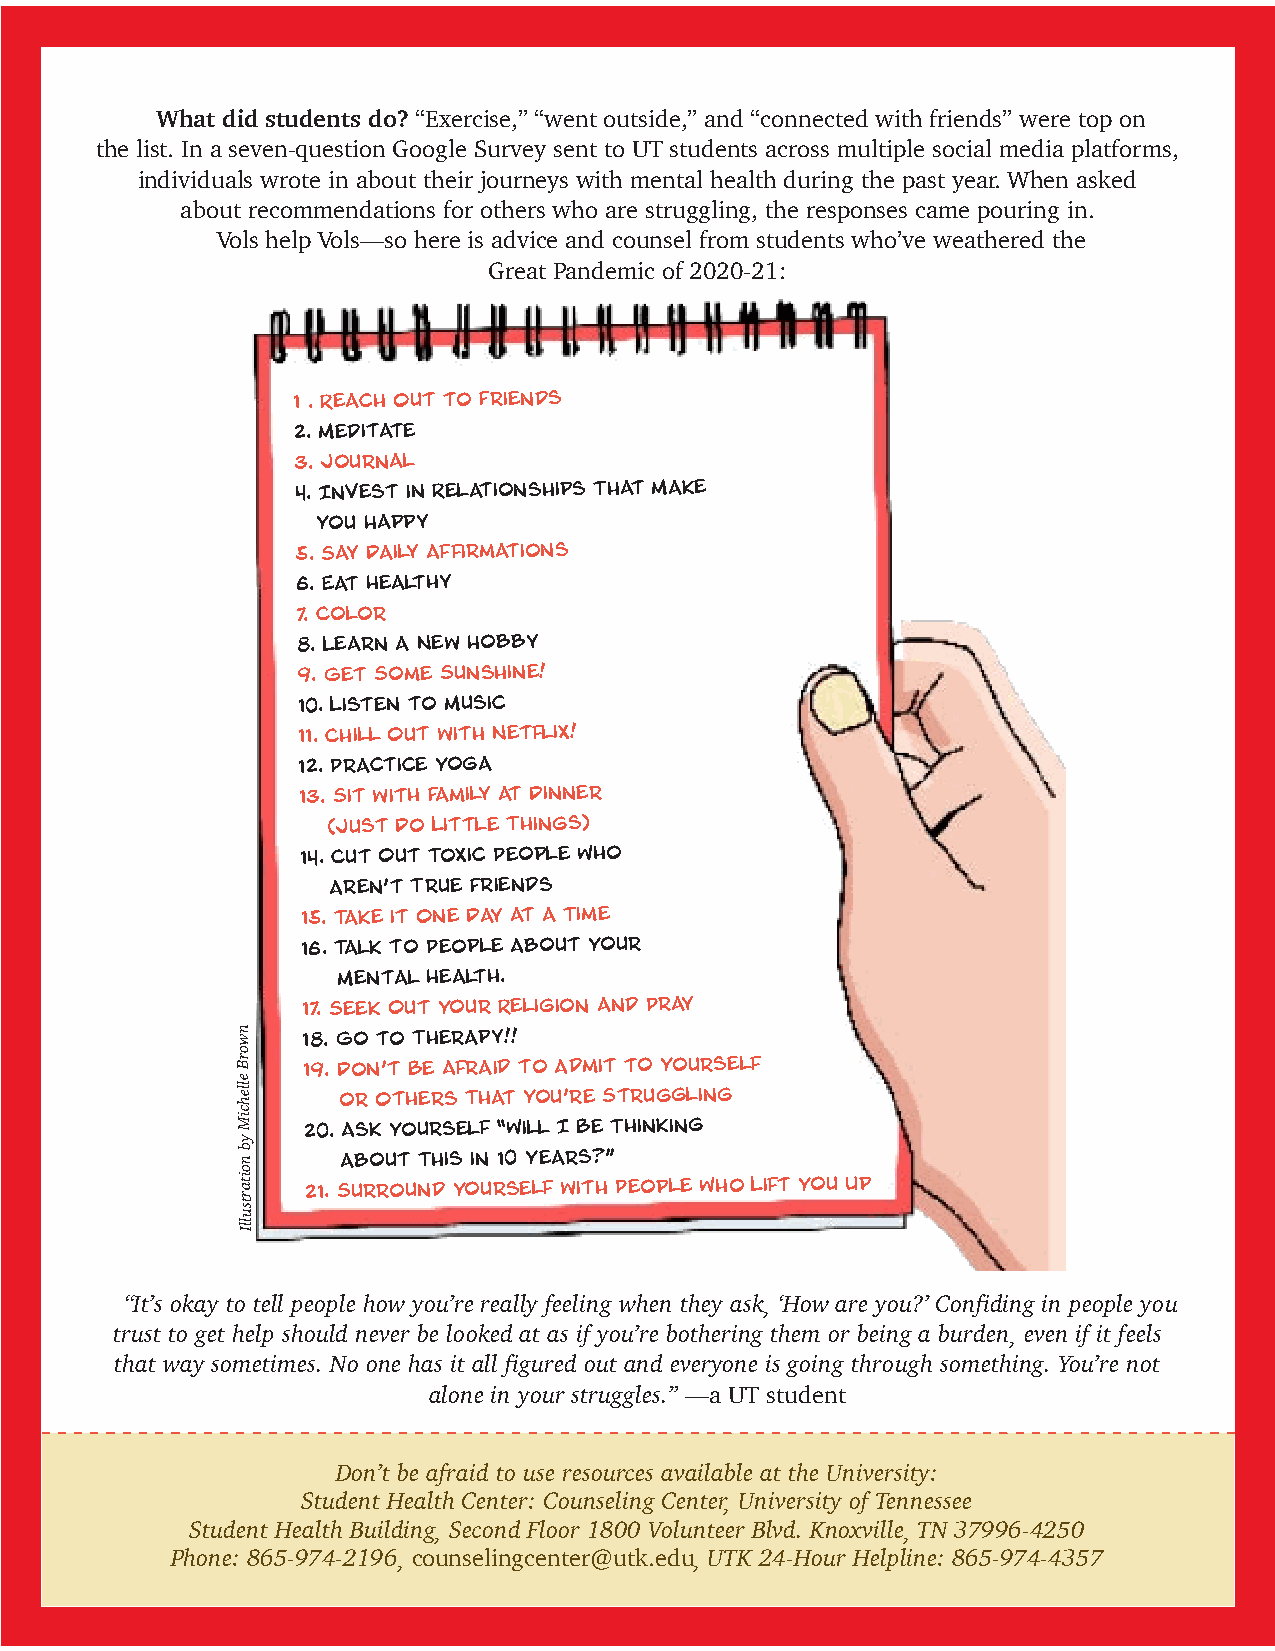
What did students do? “Exercise,” “went outside,” and “connected with friends” were top on
 the list. In a seven-question Google Survey sent to UT students across multiple social media platforms,
 individuals wrote in about their journeys with mental health during the past year. When asked
 about recommendations for others who are struggling, the responses came pouring in.
 Vols help Vols—so here is advice and counsel from students who’ve weathered the
 Great Pandemic of 2020-21:
 1 . Reach Out to Friends
 2. Meditate
 3. Journal
 4. Invest in Relationships That Make
 You Happy
 5. Say Daily Affirmations
 6. Eat Healthy
 7. Color
 8. Learn a New Hobby
 9. Get Some Sunshine!
 10. Listen to Music
 11. Chill Out with Netflix!
 12. Practice Yoga
 13. Sit with Family at Dinner
 (Just Do Little Things)
 14. Cut Out Toxic People Who
 Aren’t True Friends
 15. Take it One Day at a Time
 16. Talk to People About Your
 Mental Health.
 17. Seek Out Your Religion and Pray
 n w 18. Go to Therapy!!
 o
 r B
 e
 19. Don’t Be Afraid to Admit to Yourself
 lle
 h     or Others That You’re Struggling
 c
 iM
 y
 20. Ask Yourself “Will I Be Thinking
 b
 n      about This in 10 Years?”
 o
 ita r 21. Surround Yourself with People Who Lift You Up
 tsu
 llI
 “It’s okay to tell people how you’re really feeling when they ask, ‘How are you?’ Confiding in people you
 trust to get help should never be looked at as if you’re bothering them or being a burden, even if it feels
 that way sometimes. No one has it all figured out and everyone is going through something. You’re not
 alone in your struggles.” —a UT student
 Don’t be afraid to use resources available at the University:
 Student Health Center: Counseling Center, University of Tennessee
 Student Health Building, Second Floor 1800 Volunteer Blvd. Knoxville, TN 37996-4250
 Phone: 865-974-2196, counselingcenter@utk.edu, UTK 24-Hour Helpline: 865-974-4357